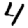
Digit: 4